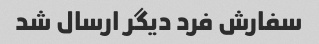
سفارش فرد دیگر ارسال شد